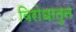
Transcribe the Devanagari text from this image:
विरोधातुन